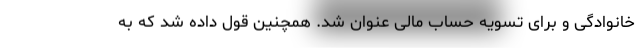
خانوادگی و برای تسویه حساب مالی عنوان شد. همچنین قول داده شد که به